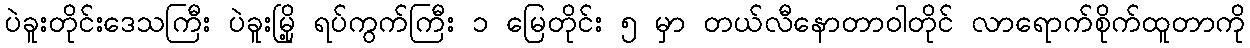
ပဲခူးတိုင်းဒေသကြီး ပဲခူးမြို့ ရပ်ကွက်ကြီး ၁ မြေတိုင်း ၅ မှာ တယ်လီနောတာဝါတိုင် လာရောက်စိုက်ထူတာကို